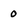
Character: 0